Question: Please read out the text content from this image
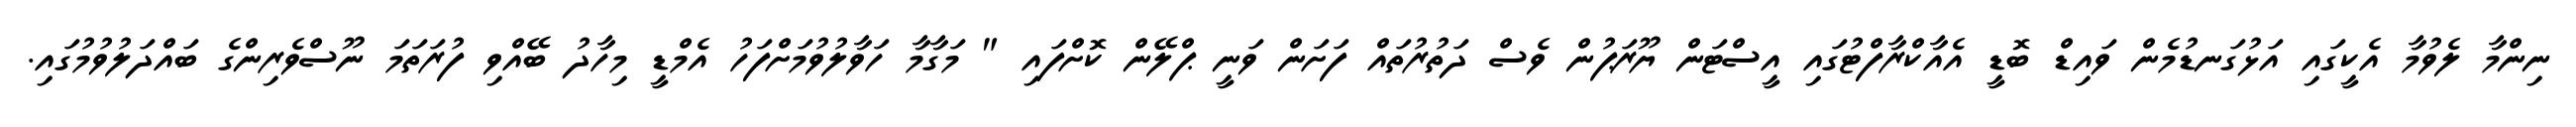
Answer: ނިންމާ ލެވުމާ އެކީގައި އަޅުގަނޑުމެން ވައިޑް ބޮޑީ އެއާކްރާފްޓުގައި އީސްޓަން ޔޫރަޕުން ވެސް ދަތުރުތައް ފަށަން ވަނީ ޕްލޭން ކޮށްފައި " މަގާމާ ހަވާލުވުމަށްފަހު އެމްޑީ މިހާދު ބޭއްވި ފުރަތަމަ ނޫސްވެރިންގެ ބައްދަލުވުމުގައި.